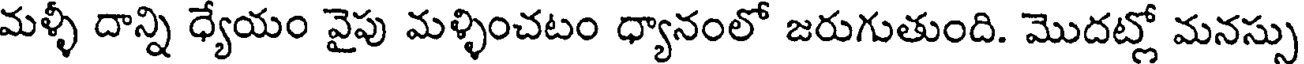
మళ్ళీ దాన్ని ధ్యేయం వైపు మళ్ళించటం ధ్యానంలో జరుగుతుంది. మొదట్లో మనస్సు